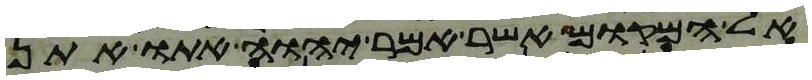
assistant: אל המקום אשר אמר יהוה אתו אתן